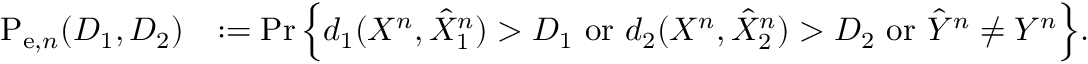
\begin{array} { r l } { \mathrm { P } _ { \mathrm { e } , n } ( D _ { 1 } , D _ { 2 } ) } & { : = \operatorname* { P r } \Big \{ d _ { 1 } ( X ^ { n } , \hat { X } _ { 1 } ^ { n } ) > D _ { 1 } ~ \mathrm { o r } ~ d _ { 2 } ( X ^ { n } , \hat { X } _ { 2 } ^ { n } ) > D _ { 2 } ~ \mathrm { o r } ~ \hat { Y } ^ { n } \neq Y ^ { n } \Big \} . } \end{array}